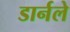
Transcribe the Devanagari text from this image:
डार्नले